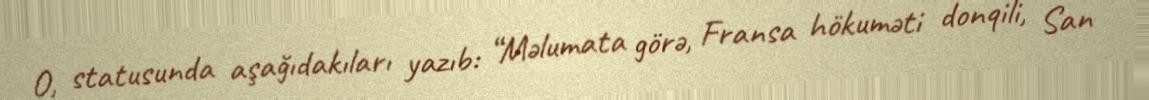
O, statusunda aşağıdakıları yazıb: “Məlumata görə, Fransa hökuməti donqili, San